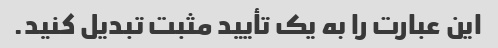
این عبارت را به یک تأیید مثبت تبدیل کنید.